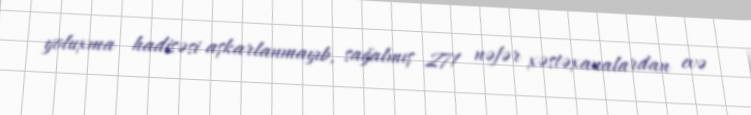
yoluxma hadisəsi aşkarlanmayıb, sağalmış 271 nəfər xəstəxanalardan evə